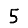
Digit: 5